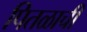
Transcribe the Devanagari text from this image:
पितळाची